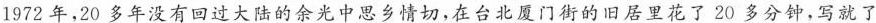
1972年，20多年没有回过大法的余光中思乡情切，在台北厦门街的旧居里花了20多分钟，写就了